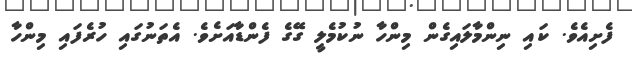
ފެށިއެވެ. ކައި ނިންމާލައިގެން މިންހާ ނުކުމެލީ ގޭގެ ފެންޑާއަށެވެ. އެތަނުގައި ހުރެފައި މިންހާ